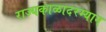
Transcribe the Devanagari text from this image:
राज्यकाळादरम्यान